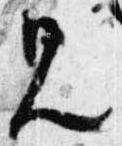
見